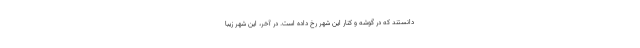
‌دانستند که در گوشه و کنار این شهر رخ داده است. در آخر، این شهر زیبا